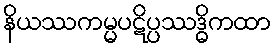
နိယဿကမ္မပဋိပ္ပဿဒ္ဓိကထာ